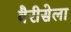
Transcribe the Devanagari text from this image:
वैरीसेला